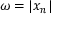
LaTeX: \omega = | x _ { n } |